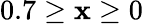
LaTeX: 0.7\geq\mathbf{x}\geq0